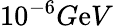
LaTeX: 10^{-6}G\mathrm{e}V